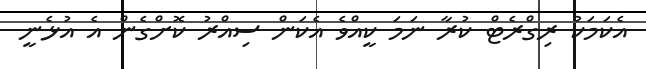
އެކަމަކު ރިގްރެޓް ކުރާ ނަމަ ކީއްވެ އެކަން ސިއްރު ކޮށްގެން އެ އުޅެނީ